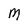
Character: M